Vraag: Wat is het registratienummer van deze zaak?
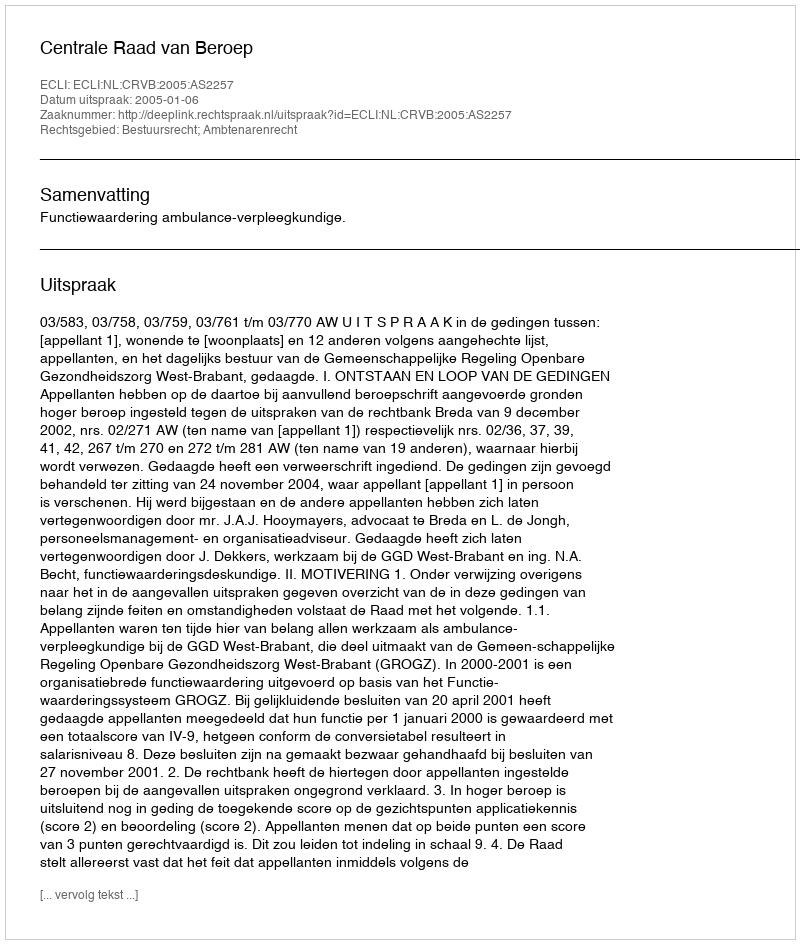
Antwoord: http://deeplink.rechtspraak.nl/uitspraak?id=ECLI:NL:CRVB:2005:AS2257